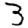
Digit: 3